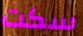
سكت